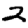
Digit: 2